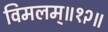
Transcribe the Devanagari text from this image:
विमलम्॥१२॥